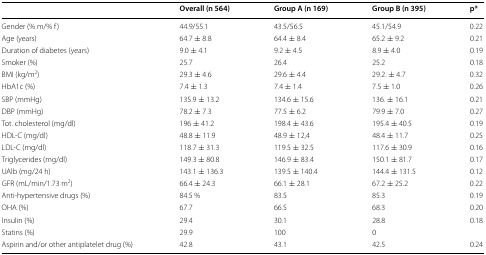
|  | Overall (n 564) | Group A (n 169) | Group B (n 395) | p* |
 | --- | --- | --- | --- | --- |
 | Gender (% m/% f) | 44.9/55.1 | 43.5/56.5 | 45.1/54.9 | 0.22 |
 | Age (years) | 64.7 ± 8.8 | 64.4 ± 8.4 | 65.2 ± 9.2 | 0.21 |
 | Duration of diabetes (years) | 9.0 ± 4.1 | 9.2 ± 4.5 | 8.9 ± 4.0 | 0.19 |
 | Smoker (%) | 25.7 | 26.4 | 25.2 | 0.18 |
 | BMI (kg/m2) | 29.3 ± 4.6 | 29.6 ± 4.4 | 29.2. ± 4.7 | 0.32 |
 | HbA1c (%) | 7.4 ± 1.3 | 7.4 ± 1.4 | 7.5 ± 1.0 | 0.26 |
 | SBP (mmHg) | 135.9 ± 13.2 | 134.6 ± 15.6 | 136. ± 16.1 | 0.21 |
 | DBP (mmHg) | 78.2 ± 7.3 | 77.5 ± 6.2 | 79.9 ± 7.0 | 0.27 |
 | Tot. cholesterol (mg/dl) | 196 ± 41.2 | 198.4 ± 43.6 | 195.4 ± 40.5 | 0.19 |
 | HDL-C (mg/dl) | 48.8 ± 11.9 | 48.9 ± 12,4 | 48.4 ± 11.7 | 0.25 |
 | LDL-C (mg/dl) | 118.7 ± 31.3 | 119.5 ± 32.5 | 117.6 ± 30.9 | 0.16 |
 | Triglycerides (mg/dl) | 149.3 ± 80.8 | 146.9 ± 83.4 | 150.1 ± 81.7 | 0.17 |
 | UAlb (mg/24 h) | 143.1 ± 136.3 | 139.5 ± 140.4 | 144.4 ± 131.5 | 0.12 |
 | GFR (mL/min/1.73 m2) | 66.4 ± 24.3 | 66.1 ± 28.1 | 67.2 ± 25.2 | 0.22 |
 | Anti-hypertensive drugs (%) | 84.5 % | 83.5 | 85.3 | 0.19 |
 | OHA (%) | 67.7 | 66.5 | 68.3 | 0.20 |
 | Insulin (%) | 29.4 | 30.1 | 28.8 | 0.18 |
 | Statins (%) | 29.9 | 100 | 0 |  |
 | Aspirin and/or other antiplatelet drug (%) | 42.8 | 43.1 | 42.5 | 0.24 |